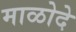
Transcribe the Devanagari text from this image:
माळोदे